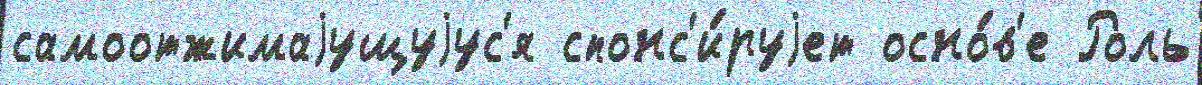
самоотжимаjущуjус'я спонс'и́руjет осно́в'е Роль